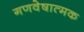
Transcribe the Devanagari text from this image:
गणवेषात्मक